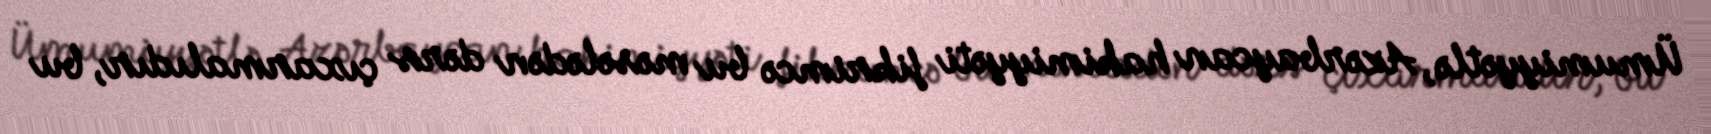
Ümumiyyətlə, Azərbaycan hakimiyyəti fikrimcə bu məsələdən dərs çıxarmalıdır, bu